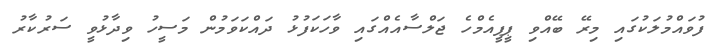
ފުވައްމުލަކުގައި މިރޭ ބޭއްވި ޕީޕީއެމްހެ ޖަލްސާއެއްގައި ވާހަކަފުޅު ދައްކަވަމުން މަސީހު ވިދާޅުވީ ސަރުކާރު